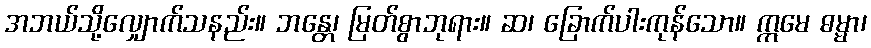
အဘယ်သို့လျှောက်သနည်း။ ဘန္တေ၊ မြတ်စွာဘုရား။ ဆ၊ ခြောက်ပါးကုန်သော။ ဣမေ ဓမ္မာ၊